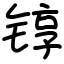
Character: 𬭚